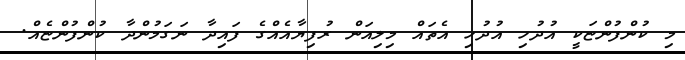
މި ކުންފުންޏަކީ އުދުހި އުދުހި އެތައް މިލިއަން ރުފިޔާއެއްގެ ފައިދާ ނަގަމުންދާ ކުންފުންޏެއް.